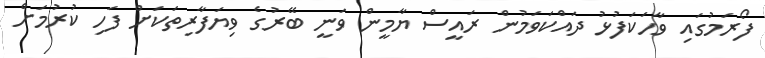
ފޯރަމުގައި ވާހަކަފުޅު ދައްކަވަމުން ރައީސް ޔާމީން ވަނީ ބޭރުގެ ވިޔަފާރިތަކަށް ފަހި ކުރުމަށް